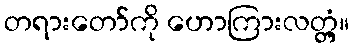
တရားတော်ကို ဟောကြားလတ္တံ့။